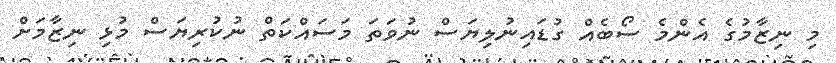
މި ނިޒާމުގެ އެންމެ ސޯބެއް ގުޑައިނުލިޔަސް ނުވަތަ މަސައްކަތް ނުކުރިޔަސް މުޅި ނިޒާމަށް